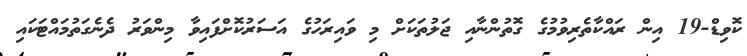
ކޮވިޑް-19 އިން ރައްކާތެރިވުމުގެ ގޮތުންނާއި ޖަލުތަކަށް މި ވައިރަހުގެ އަސަރުކޮށްފައިވާ މިންވަރު ދެނެގަތުމައްޓަކައި